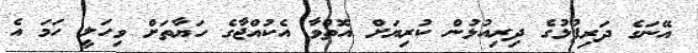
އޭނަގެ ދަރިފުޅުގެ ދިރިއުޅުން ކުރިޔަށް އޮތްވާ އެކުއްޖާގެ ހަޔާތަށް ވިހަލީ ހަމަ އެ